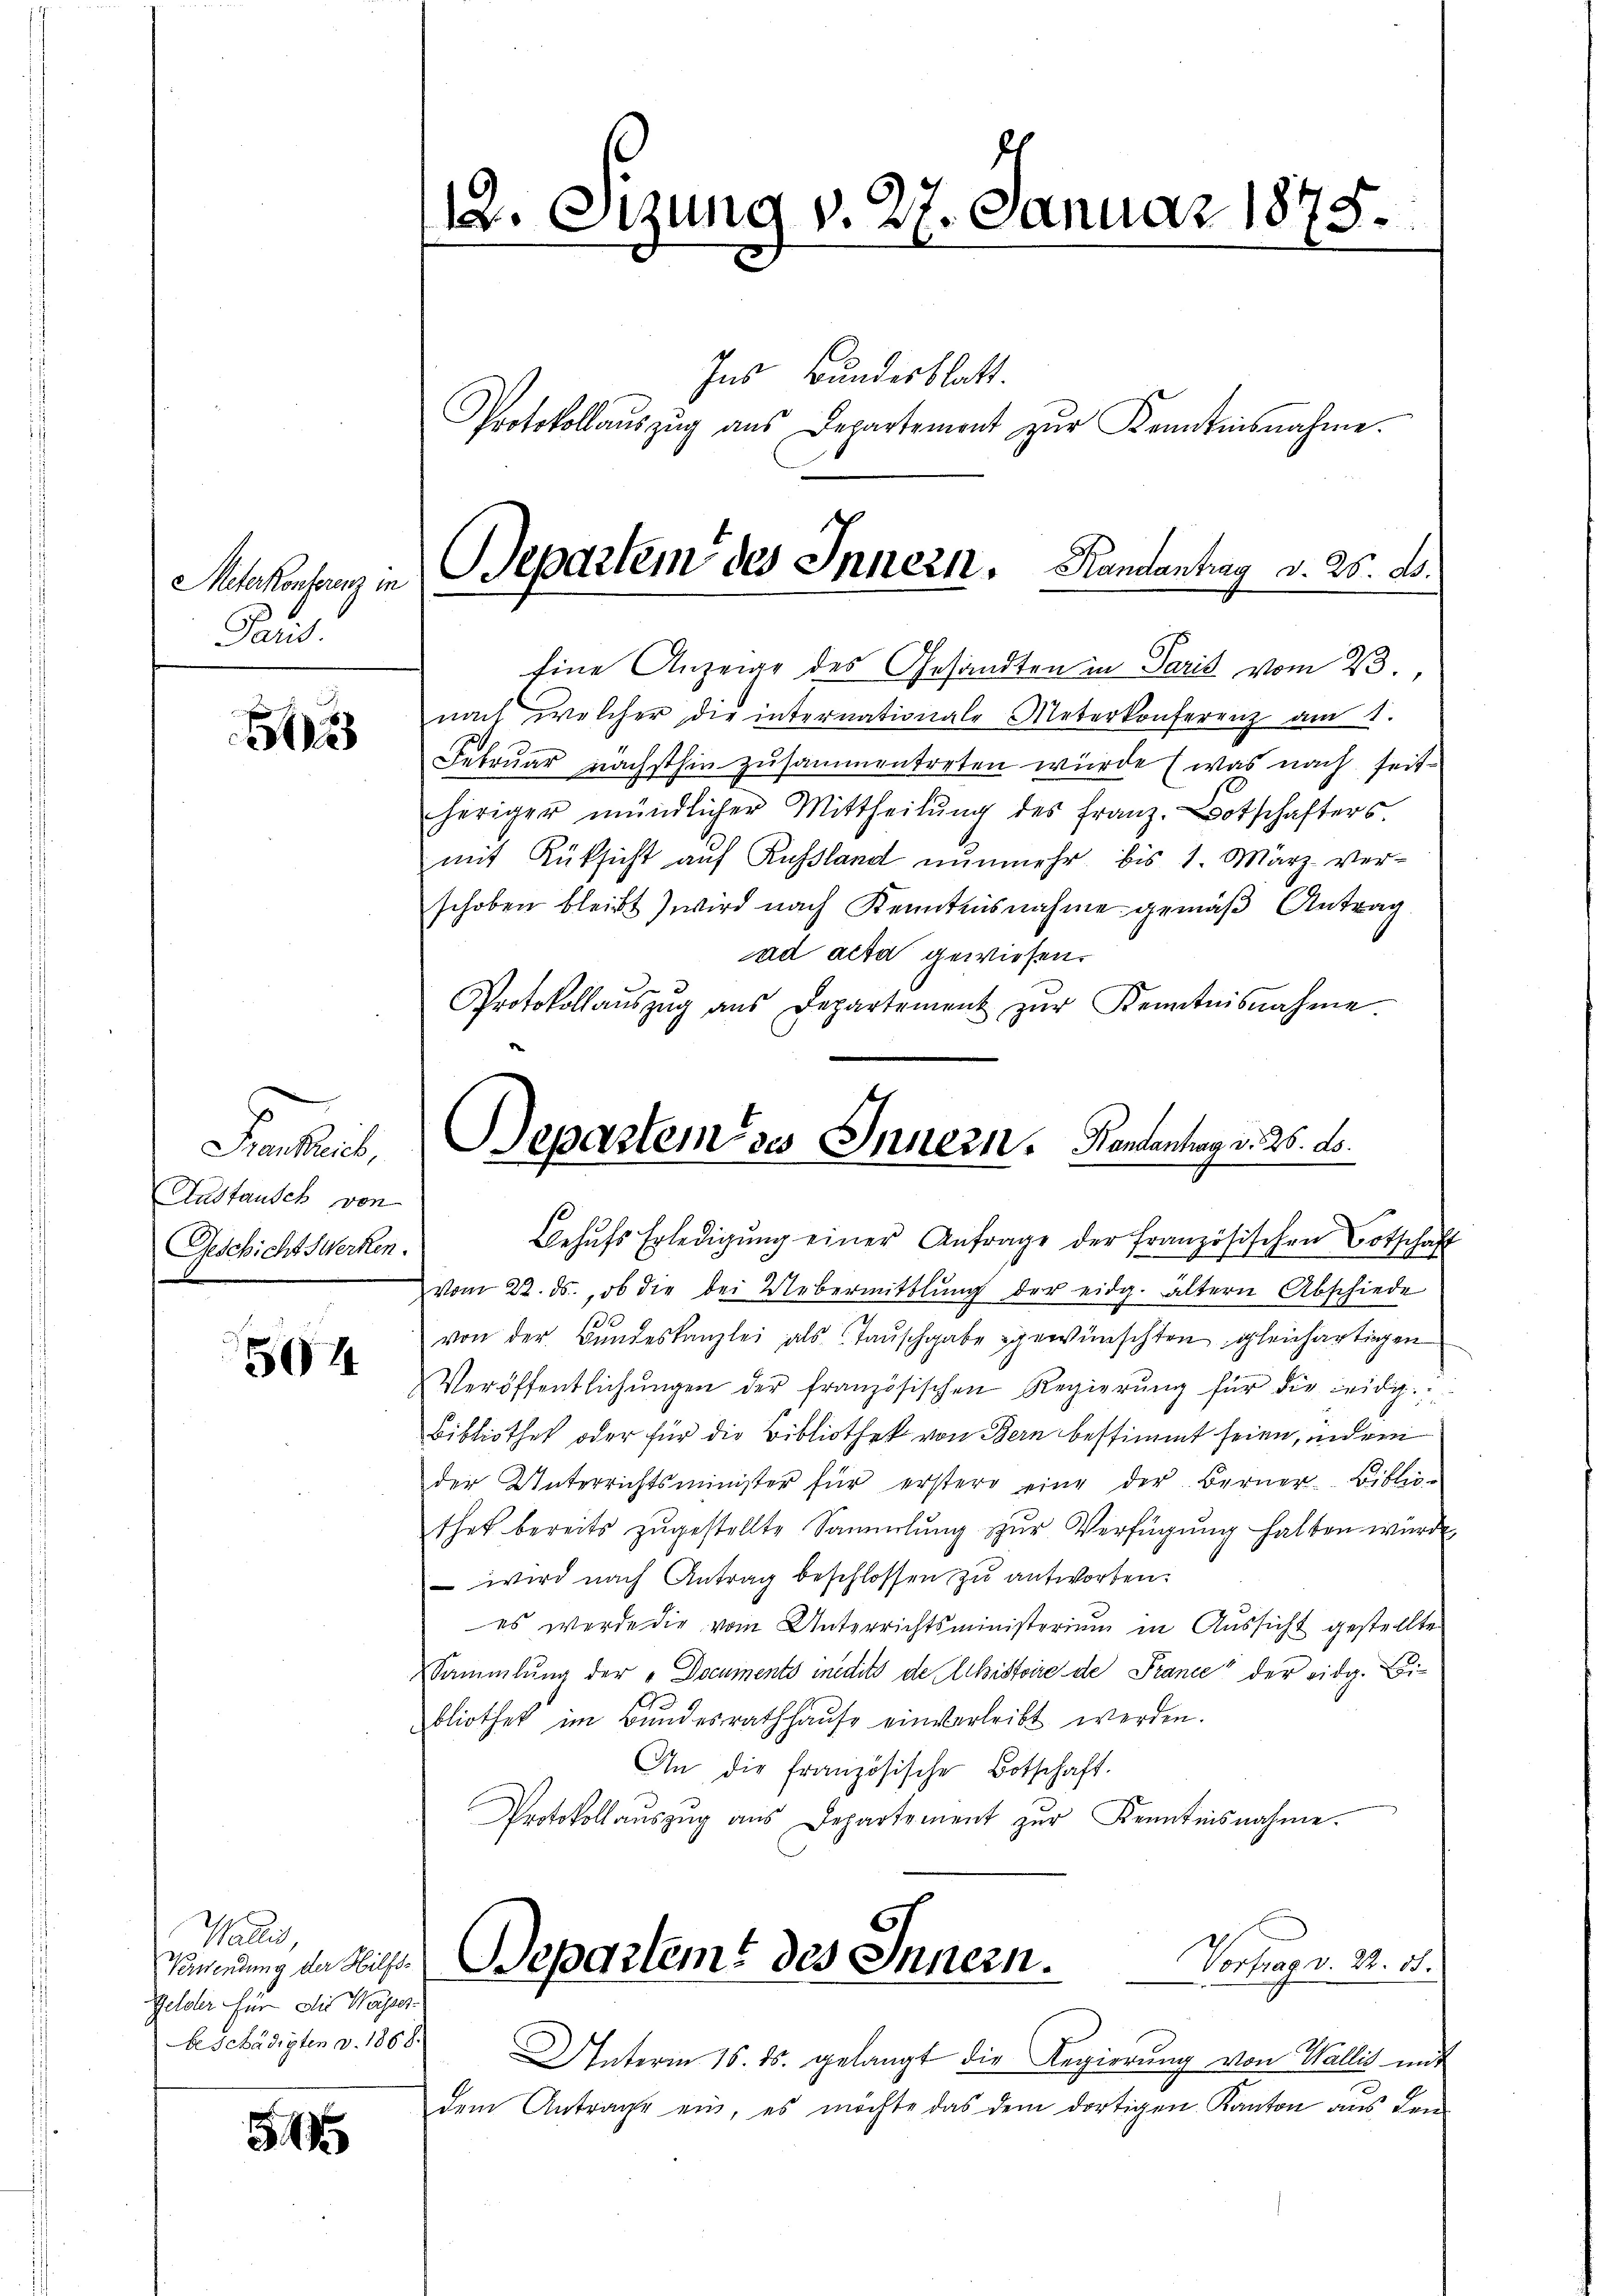
Meterkonferenz in
Paris

s

Fankheit,
Austausch von
Geschichtswerken.

504

Walis,
Verwendung der Hilfs-
Gelder für die Wasser-
beschädigten v. 1868.

54

12. Sizung v. 27. Januar 1875.

Ins Bundesblatt.

Eine Anzeige des Gesandten in Paris vom 23.,
nach welcher die internationale Meterkonferenz am 1.
Februar nächsthin zusammentreten würde (was nach seit
heriger mündlicher Mittheilŭng des Franz. Botschafters
mit Rüksicht auf Russland nunmehr bis 1. März verschoben bleibt) wird nach Kenntnisnahme gemäß Antrag
ad acta gewiesen.
Protokollaŭszŭg aŭs Departement zŭr Kenntnisnahme

Protokollaŭszŭg ans Departement zŭr Kenntnisnahme.

Separtem des Innern. Handantrag d. 25. ds.
er

Departem des Innern. Handenhag v. 26. ds.

Behŭfs Erledigŭng einer Anfrage der französischen Botschaft
vom 22. ds., ob die bei Uebermittlung der eidg. Altern Abschiede
von der Bŭndeskanzlei als Taŭschgabe gewünschten gleichartigen
Veröffentlichungen der französischen Regierung für die leidig
Bibliothek oder für die Bibliothek von Bern bestimmt seien, indem
der Unterrichtsminister für erster eine der Berner-Biblio-
thet bereits zŭgestellte Sammlung zŭr Verfügŭng halten würde
 wird nach Antrag beschlossen zu antworten.
es werde die vom Unterrichtsministerium in Aussicht gestellte
Sammlung der „Documents medits de chistoire de Prance der eidg. Bei-
bliothek im Bundesrathhaŭse einverleibt werden.
An die französische Botschaft.
Protokollaŭszŭg ans Departement zŭr Kenntnisnahme.
Departemt des Innern.
Vortrag v. 22. 81.
Unterm 16. ds. gelangt die Regierŭng von Wallis mit
dem Antrage ein, es möchte das dem dortigen Kanton aus dem